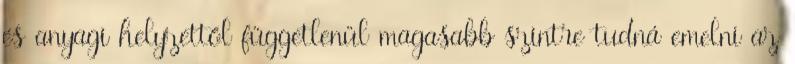
és anyagi helyzettől függetlenül magasabb szintre tudná emelni az